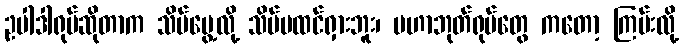
ဥပါဒါရုပ်ဆိုတာက သိမ်မွေ့လို့ သိပ်မထင်ရှားဘူး၊ မဟာဘုတ်ရုပ်တွေ ကတော့ ကြမ်းလို့